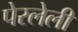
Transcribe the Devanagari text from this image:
पेरलेली